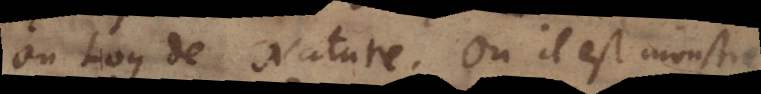
ou Loy de Nature. Où il est monstré